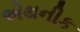
એથનીક